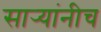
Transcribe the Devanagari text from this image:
सार्‍यांनीच